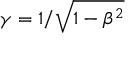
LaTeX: \gamma = 1 / { \sqrt { 1 - \beta ^ { 2 } } }